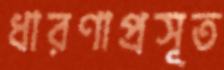
ধারণাপ্রসূত